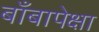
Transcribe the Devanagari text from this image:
बाँबापेक्षा